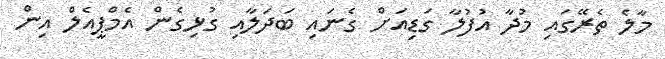
މާލެ ތެރޭގައި މުދާ އުފުލާ ގަޑިއަށް ގެނައި ބަދަލާއި ގުޅިގެން އެމްޕީއެލް އިން